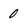
Character: 0